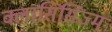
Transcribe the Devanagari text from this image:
क्लासिसिज्म़